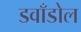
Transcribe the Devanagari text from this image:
डवाँडोल